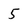
Character: 5